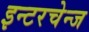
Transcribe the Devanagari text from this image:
इन्टरचेन्ज